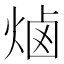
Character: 𰞭